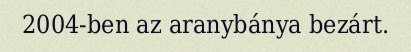
2004-ben az aranybánya bezárt.